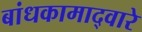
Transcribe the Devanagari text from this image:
बांधकामाद्वारे